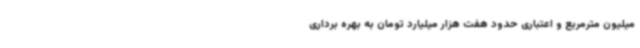
میلیون مترمربع و اعتباری حدود هفت هزار میلیارد تومان به بهره برداری